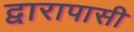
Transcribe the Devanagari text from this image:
द्वारापासी